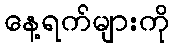
နေ့ရက်များကို